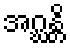
အဂ္ဃန္တိ